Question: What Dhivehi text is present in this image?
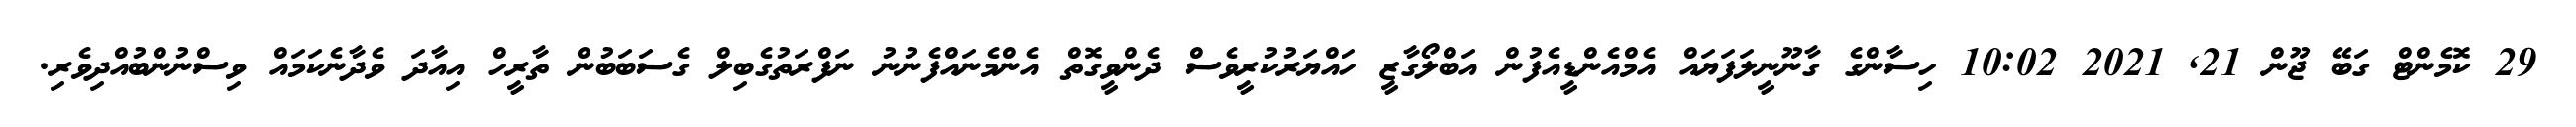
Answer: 29 ކޮމެންޓް ގަބޭ ޖޫން 21, 2021 10:02 ހިސާންގެ ގާނޫނީލަފަޔައް އެމްއެންޑީއެފުން އަބްލޯގާޒީ ހައްޔަރުކުރީވެސް ދެންވީގޮތް އެންމެނައްފެނުނު ނަފްރަތުގެބިލް ގެސަބަބުން ތާރީހް އިއާދަ ވެދާނެކަމައް ވިސްނުންބުއްދިވެރި.